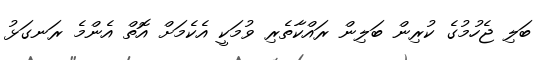
ބަލި ޖެހުމުގެ ކުރިން ބަލިން ރައްކާތެރި ވުމަކީ އެކެމަށް އޮތް އެންމެ ރަނގަޅު